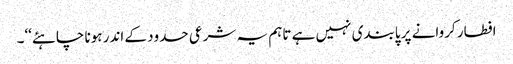
افطار کروانے پر پابندی نہیں ہے تاہم یہ شرعی حدود کے اندر ہونا چاہئے‘‘۔